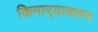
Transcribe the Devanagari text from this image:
किनार्‍यावरुन